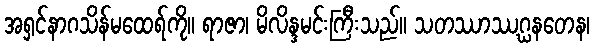
အရှင်နာဂသိန်မထေရ်ကို။ ရာဇာ၊ မိလိန္ဒမင်းကြီးသည်။ သတဿာဿဂ္ဃနတေန၊